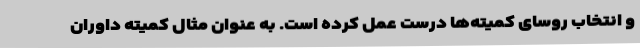
و انتخاب روسای کمیته‌ها درست عمل‌ کرده است. به عنوان مثال کمیته داوران